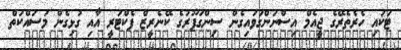
ޓަކައި ހެރެތެރޭގެ ޖީއެމް އިސްނަންގަވައިގެން ސިންގަޕޫރުގެ ކޭނެރީޒް ފެކްޓަރީ އާއި ގުޅިގެން މަސައްކަތް